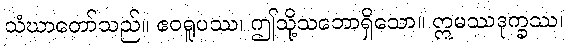
သံဃာတော်သည်။ ဧဝရူပဿ၊ ဤသို့သဘောရှိသော။ ဣမဿဒုက္ခဿ၊